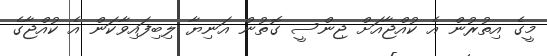
މީގެ އިތުރުން އެ ކުއްޖާއަށް ޖިންސީ ގޮތުން އަނިޔާ ލިބިފައިވާކަން އެ ކުއްޖާގެ